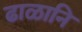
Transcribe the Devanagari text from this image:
ढाळानि